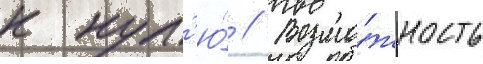
к нул'ю́ // Возмо́жность